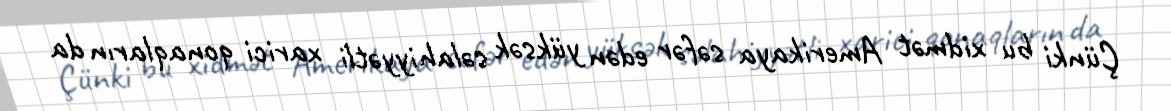
Çünki bu xidmət Amerikaya səfər edən yüksək səlahiyyətli xarici qonaqların da